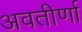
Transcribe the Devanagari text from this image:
अवतीर्णा